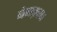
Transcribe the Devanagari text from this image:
बेनक़ाब